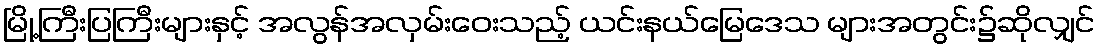
မြို့ကြီးပြကြီးများနှင့် အလွန်အလှမ်းဝေးသည့် ယင်းနယ်မြေဒေသ များအတွင်း၌ဆိုလျှင်